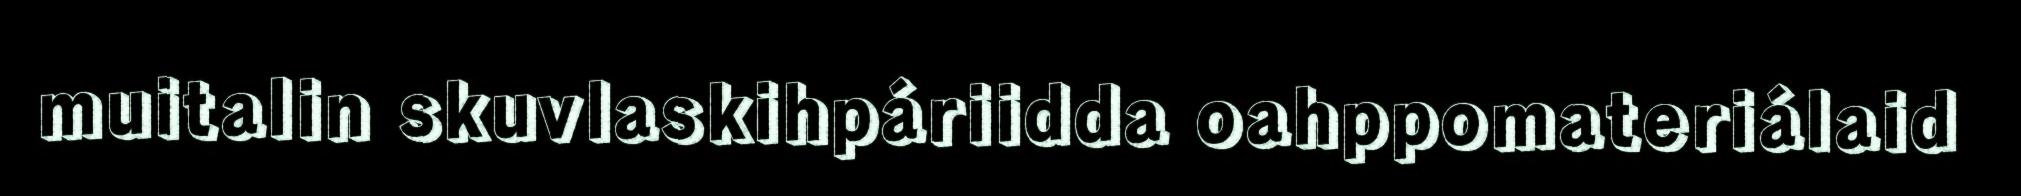
muitalin skuvlaskihpáriidda oahppomateriálaid